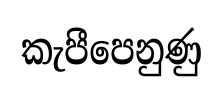
කැපීපෙනුණු